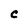
Character: C